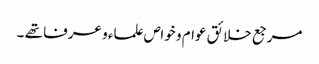
مرجع خلائق عوام و خواص علماء و عرفا تھے ۔